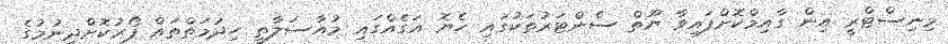
މިނިސްޓްރީ އިން ގާއިމްކޮށްފައިވާ ޔޫތް ސެންޓަރުތަކުގައި ހެޔޮ އަގެއްގައި މުއާސަލާތީ ހިދުމަތްތައް ފޯރުކޮށްދިނުމުގެ